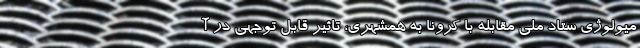
میولوژی ستاد ملی مقابله با کرونا به همشهری، تاثیر قابل توجهی در آ